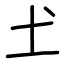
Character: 𡈽